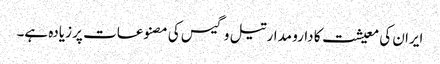
ایران کی معیشت کا دارو مدار تیل و گیس کی مصنوعات پر زیادہ ہے۔